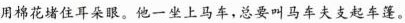
用棉花堵住耳朵眼。他一坐上马车，总要叫马车夫支起车蓬。